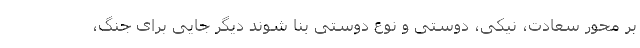
بر محور سعادت، نیکی، دوستی و نوع دوستی بنا شوند دیگر جایی برای جنگ،